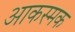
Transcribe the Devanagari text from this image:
आकस्मक